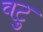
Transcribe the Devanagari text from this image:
वटु